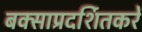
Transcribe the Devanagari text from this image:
बक्साप्रदर्शितकरें